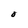
Character: O